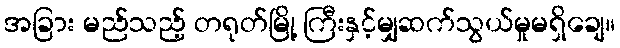
အခြား မည်သည့် တရုတ်မြို့ ကြီးနှင့်မျှဆက်သွယ်မှုမရှိချေ။